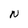
Character: N